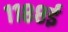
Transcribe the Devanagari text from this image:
११८८ई